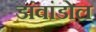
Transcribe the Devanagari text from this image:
डांवांडोल